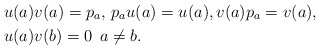
\begin{align*} &u(a)v(a)=p_a,\,p_au(a)=u(a),v(a)p_a=v(a),\,\\&u(a)v(b)=0\;\,a\ne b.\end{align*}